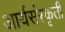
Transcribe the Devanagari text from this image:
आर्यसंस्कृती